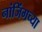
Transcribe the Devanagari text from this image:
नांजिंगच्या